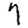
Digit: 7